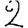
Digit: 2